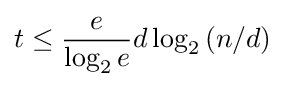
t\leq {\frac {e}{\log _{2}e}}d\log _{2}{(n/d)}